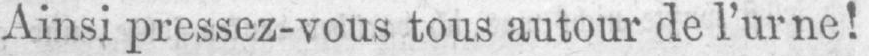
Ainsi pressez-vous tous autour de l’urne!